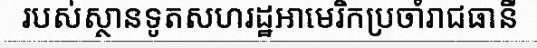
របស់ស្ថានទូតសហរដ្ឋអាមេរិកប្រចាំរាជធានី